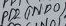
Text: PD2